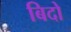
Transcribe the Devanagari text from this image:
बिदो